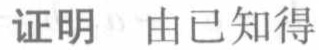
证明 由已知得